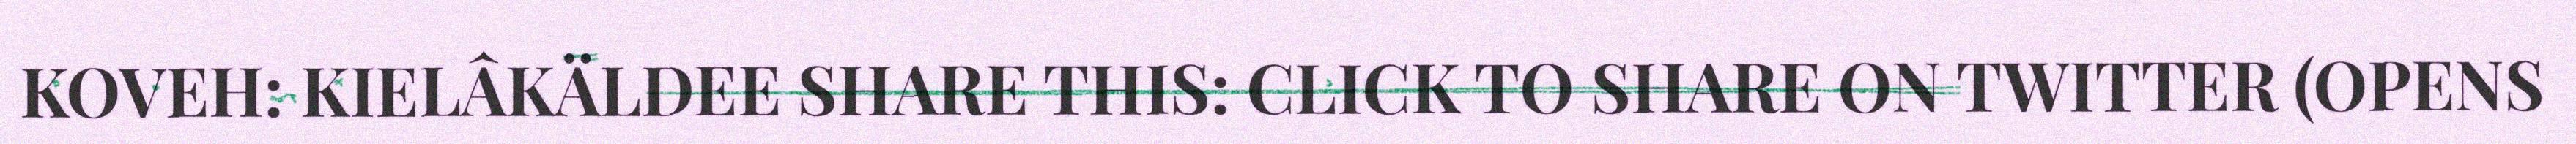
KOVEH: KIELÂKÄLDEE SHARE THIS: CLICK TO SHARE ON TWITTER (OPENS